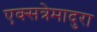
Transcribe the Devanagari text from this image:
एक्सत्रेमादुरा